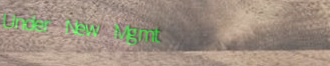
Under New Mgmt